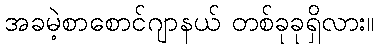
အခမဲ့စာစောင်ဂျာနယ် တစ်ခုခုရှိလား။